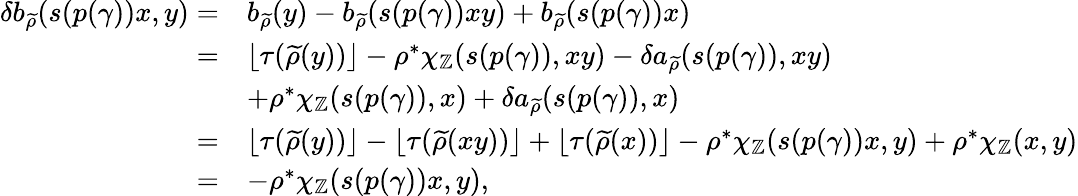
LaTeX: \begin{array}{rl}{\delta b_{\widetilde{\rho}}(s(p(\gamma))x,y)=}&{b_{\widetilde{\rho}}(y)-b_{\widetilde{\rho}}(s(p(\gamma))xy)+b_{\widetilde{\rho}}(s(p(\gamma))x)}\\ {=}&{\lfloor\tau(\widetilde{\rho}(y))\rfloor-\rho^{*}\chi_{\mathbb{Z}}(s(p(\gamma)),xy)-\delta a_{\widetilde{\rho}}(s(p(\gamma)),xy)}\\ &{+\rho^{*}\chi_{\mathbb{Z}}(s(p(\gamma)),x)+\delta a_{\widetilde{\rho}}(s(p(\gamma)),x)}\\ {=}&{\lfloor\tau(\widetilde{\rho}(y))\rfloor-\lfloor\tau(\widetilde{\rho}(xy))\rfloor+\lfloor\tau(\widetilde{\rho}(x))\rfloor-\rho^{*}\chi_{\mathbb{Z}}(s(p(\gamma))x,y)+\rho^{*}\chi_{\mathbb{Z}}(x,y)}\\ {=}&{-\rho^{*}\chi_{\mathbb{Z}}(s(p(\gamma))x,y),}\end{array}